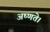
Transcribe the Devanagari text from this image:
अष्णते।